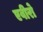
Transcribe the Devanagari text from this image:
एवीरो